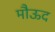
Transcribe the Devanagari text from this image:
मौऊद